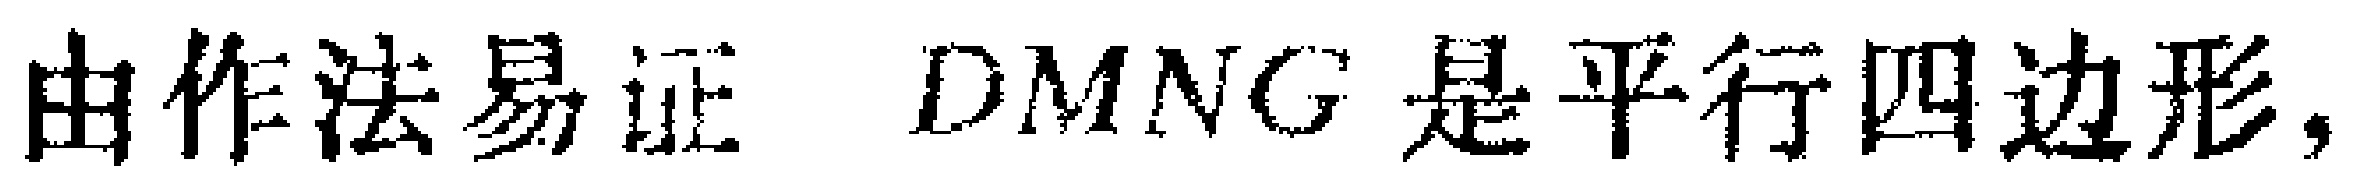
由作法易证 \(DMNG\) 是平行四边形，